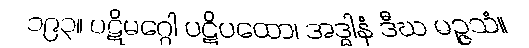
၁၉၃။ ပဋိမဂ္ဂေါ ပဋိပထော၊ အဒ္ဓါနံ ဒီဃ မဉ္ဇသံ။